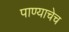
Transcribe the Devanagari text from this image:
पाण्याचेच